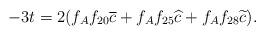
LaTeX: \begin{align*}-3t &= 2(f_Af_{20}\overline{c} + f_Af_{25}\widehat{c} + f_Af_{28}\widetilde{c}).\end{align*}